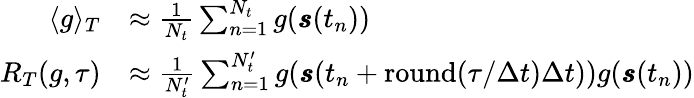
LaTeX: \begin{array}{rl}{\langle g\rangle_{T}}&{\approx\frac{1}{N_{t}}\sum_{n=1}^{N_{t}}g(\pmb{s}(t_{n}))}\\ {R_{T}(g,\tau)}&{\approx\frac{1}{N_{t}^{\prime}}\sum_{n=1}^{N_{t}^{\prime}}g(\pmb{s}(t_{n}+\mathrm{round}(\tau/\Delta t)\Delta t))g(\pmb{s}(t_{n}))}\end{array}